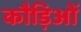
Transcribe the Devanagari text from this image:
कौड़िओं